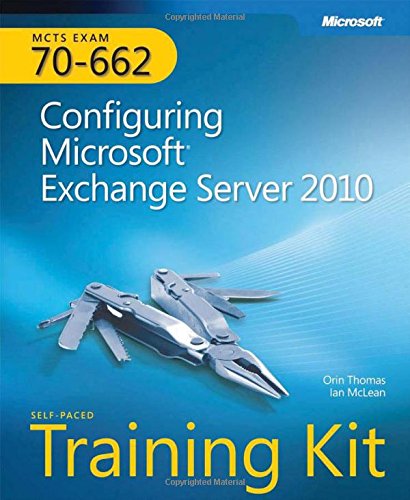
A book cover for Self-Paced Training Kit (Exam 70-662) Configuring Microsoft Exchange Server 2010 (MCTS) (Microsoft Press Training Kit); Ian McLean; Computers & Technology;